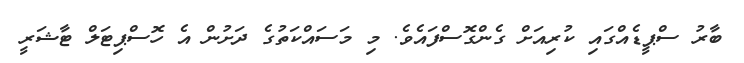
ބާރު ސްޕީޑެއްގައި ކުރިއަށް ގެންގޮސްފައެވެ. މި މަސައްކަތުގެ ދަށުން އެ ހޮސްޕިޓަލް ޓާޝަރީ